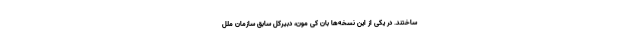
ساختند. در یکی از این نسخه‌ها بان کی ‌مون، دبیرکل سابق سازمان ملل